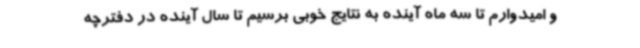
و امیدوارم تا سه ماه آینده به نتایج خوبی برسیم تا سال آینده در دفترچه